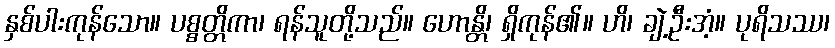
နှစ်ပါးကုန်သော။ ပစ္စတ္တိကာ၊ ရန်သူတို့သည်။ ဟောန္တိ၊ ရှိကုန်၏။ ဟိ၊ ချဲ့ဦးအံ့။ ပုရိသဿ၊